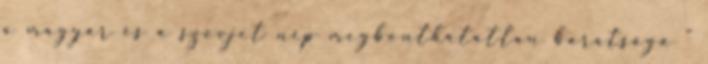
a magyar és a szovjet nép megbonthatatlan barátsága ”